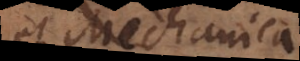
et Mechanica